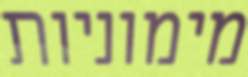
מימוניות